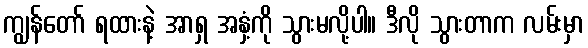
ကျွန်တော် ရထားနဲ့ အာရှ အနှံ့ကို သွားမလို့ပါ။ ဒီလို သွားတာက လမ်းမှာ